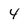
Character: 4